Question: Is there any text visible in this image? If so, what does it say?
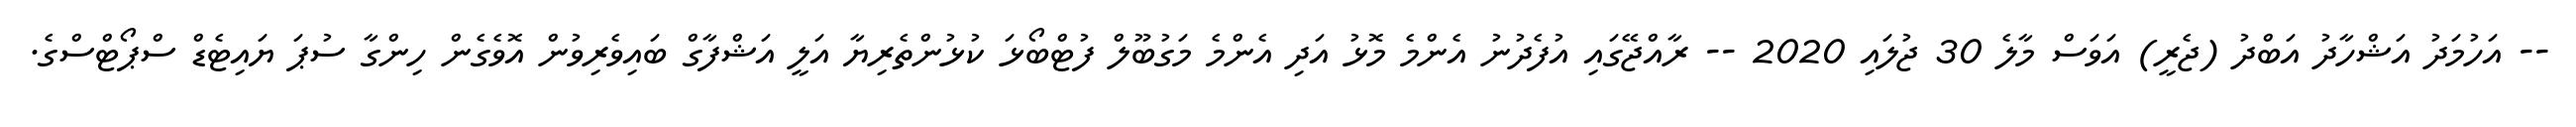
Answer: -- އަހުމަދު އަޝްހާދު އަބްދު (ޖެރީ) އަވަސް މާލެ 30 ޖުލައި 2020 -- ރާއްޖޭގައި އުފެދުނު އެންމެ މޮޅު އަދި އެންމެ މަގުބޫލް ފުޓްބޯޅަ ކުޅުންތެރިޔާ އަލީ އަޝްފާގް ބައިވެރިވުން އޮވެގެން ހިންގާ ސުޕަ ޔައިޓެޑް ސްޕޯޓްސްގެ.